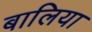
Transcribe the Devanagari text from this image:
बालिया